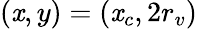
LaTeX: (\mathit{x},y)=(\mathit{x}_{c},2r_{v})